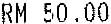
RM 50.00